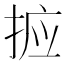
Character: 𭡆